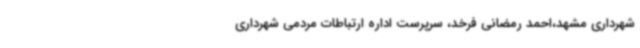
شهرداری مشهد،احمد رمضانی فرخد، سرپرست اداره ارتباطات مردمی شهرداری